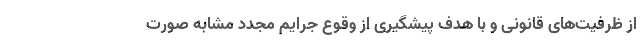
از ظرفیت‌های قانونی و با هدف پیشگیری از وقوع جرایم مجدد مشابه صورت